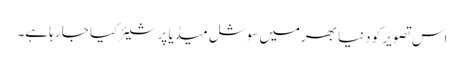
اس تصویر کو دنیا بھرمیں سوشل میڈیا پر شیئر کیا جا رہا ہے۔